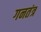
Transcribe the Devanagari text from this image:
गनतंत्र